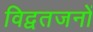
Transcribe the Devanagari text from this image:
विद्वतजनों